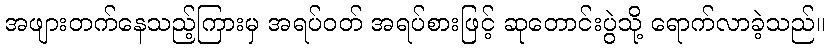
အဖျားတက်နေသည့်ကြားမှ အရပ်ဝတ် အရပ်စားဖြင့် ဆုတောင်းပွဲသို့ ရောက်လာခဲ့သည်။